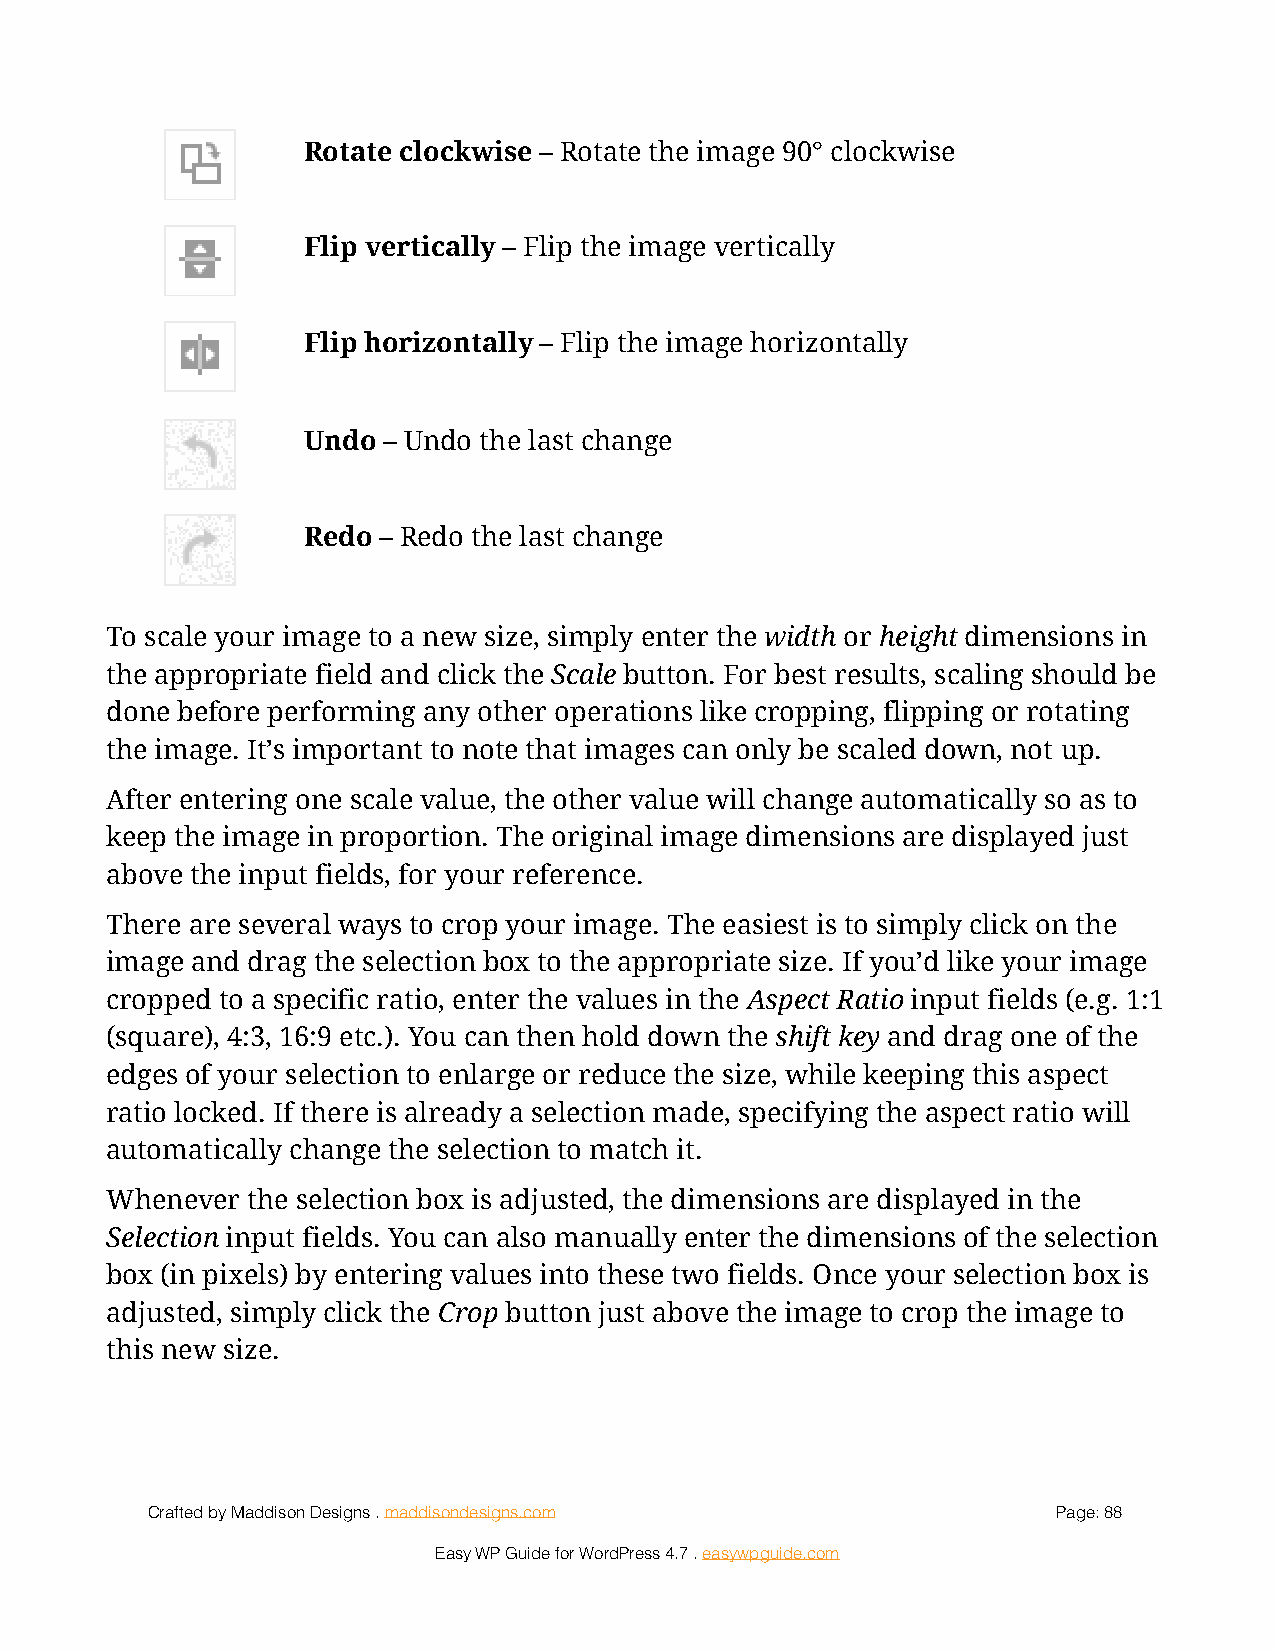
Rotate clockwise – Rotate the image 90° clockwise
 !
 Flip vertically – Flip the image vertically
 !
 Flip horizontally – Flip the image horizontally
 !
 Undo – Undo the last change
 !
 Redo – Redo the last change
 !
 To scale your image to a new size, simply enter the width or height dimensions in
 the appropriate field and click the Scale button. For best results, scaling should be
 done before performing any other operations like cropping, flipping or rotating
 the image. It’s important to note that images can only be scaled down, not up.
 After entering one scale value, the other value will change automatically so as to
 keep the image in proportion. The original image dimensions are displayed just
 above the input fields, for your reference.
 There are several ways to crop your image. The easiest is to simply click on the
 image and drag the selection box to the appropriate size. If you’d like your image
 cropped to a specific ratio, enter the values in the Aspect Ratio input fields (e.g. 1:1
 (square), 4:3, 16:9 etc.). You can then hold down the shift key and drag one of the
 edges of your selection to enlarge or reduce the size, while keeping this aspect
 ratio locked. If there is already a selection made, specifying the aspect ratio will
 automatically change the selection to match it.
 Whenever the selection box is adjusted, the dimensions are displayed in the
 Selection input fields. You can also manually enter the dimensions of the selection
 box (in pixels) by entering values into these two fields. Once your selection box is
 adjusted, simply click the Crop button just above the image to crop the image to
 this new size.
 Crafted by Maddison Designs . maddisondesigns.com           Page: 8 8
 Easy WP Guide for WordPress 4.7 . easywpguide.com